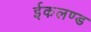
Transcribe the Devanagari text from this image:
ईकलण्ड